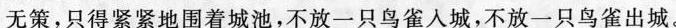
无策，只得紧紧地围着城池，不放一只鸟雀入城，不放一只鸟雀出城。